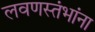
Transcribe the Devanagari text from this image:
लवणस्तंभांना